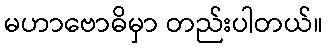
မဟာဗောဓိမှာ တည်းပါတယ်။